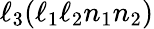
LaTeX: \ell_{3}(\ell_{1}\ell_{2}n_{1}n_{2})